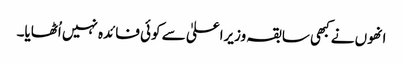
انھوں نے کبھی سابقہ وزیراعلیٰ سے کوئی فائدہ نہیں اُٹھایا۔